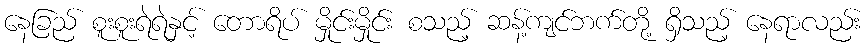
နေခြည် စူးစူးရဲရဲနှင့် တောရိပ် မှိုင်းမှိုင်း စသည့် ဆန့်ကျင်ဘက်တို့ ရှိသည့် နေရာလည်း